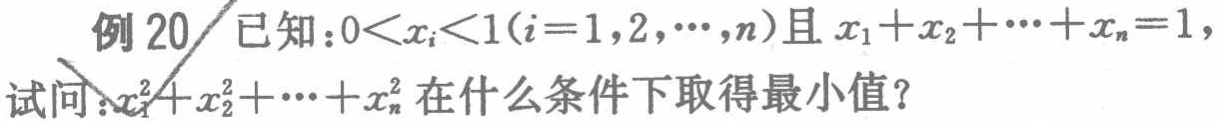
例 20 已知：\(0<x_{i}<1(i = 1,2,\cdots,n)\)且\(x_{1}+x_{2}+\cdots +x_{n}=1\)，试问：\(x_{1}^{2}+x_{2}^{2}+\cdots +x_{n}^{2}\)在什么条件下取得最小值？